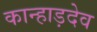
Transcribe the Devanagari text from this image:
कान्हाड़देव